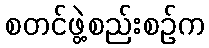
စတင်ဖွဲ့စည်းစဉ်က